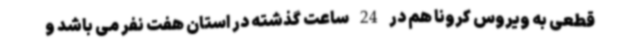
قطعی به ویروس کرونا هم در 24 ساعت گذشته در استان هفت نفر می باشد و